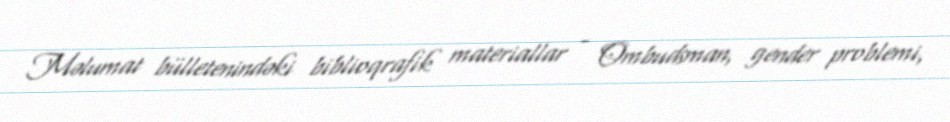
Məlumat bülletenindəki biblioqrafik materiallar - Ombudsman, gender problemi,